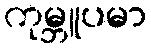
ကုမ္ဘူပမာ